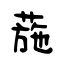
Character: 葹